Civil Veterinary Department. United Provinces 1912-22 - 1912-1922
Year: 1912
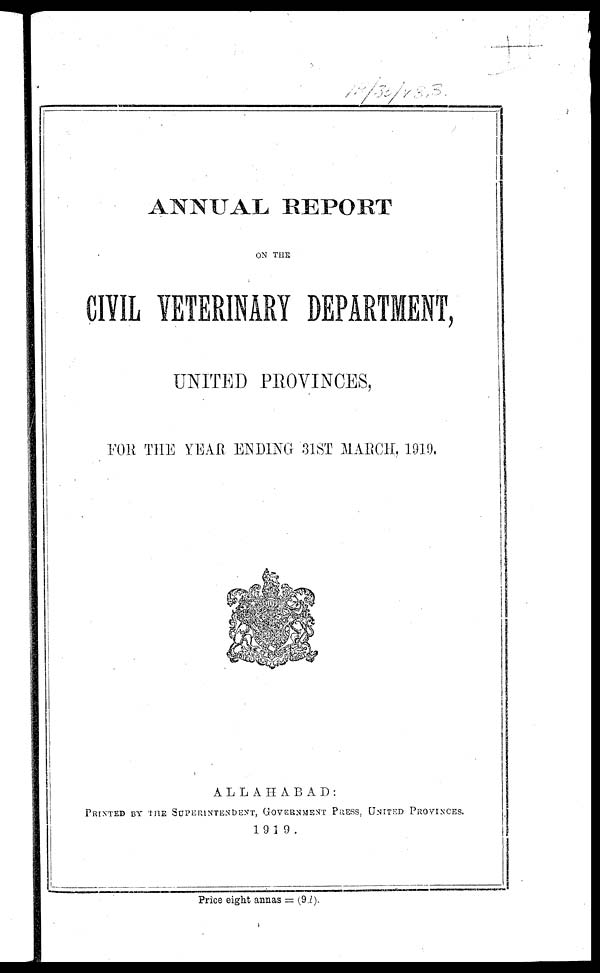
ANNUAL REPORT
ON THE
CIVIL VETERINARY DEPARTMENT.
CIVIL VETERINARY DEPARTMENT,
UNITED PROVINCES,
FOE THE YEAR ENDING 31ST MARCH, 1019,
ALLAHABAD:
Printed by the Superintendent, Government Press, United Provinces.
1919.
Price eight annas = (9d).